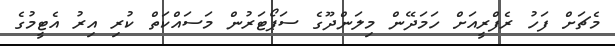
މެޗަށް ފަހު ރެފްރީއަށް ހަމަދޭން މިލަންދޫގެ ސަޕޯޓަރުން މަސައްކަތް ކުރި އިރު އެޓީމުގެ